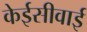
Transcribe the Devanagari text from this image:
केईसीवाई